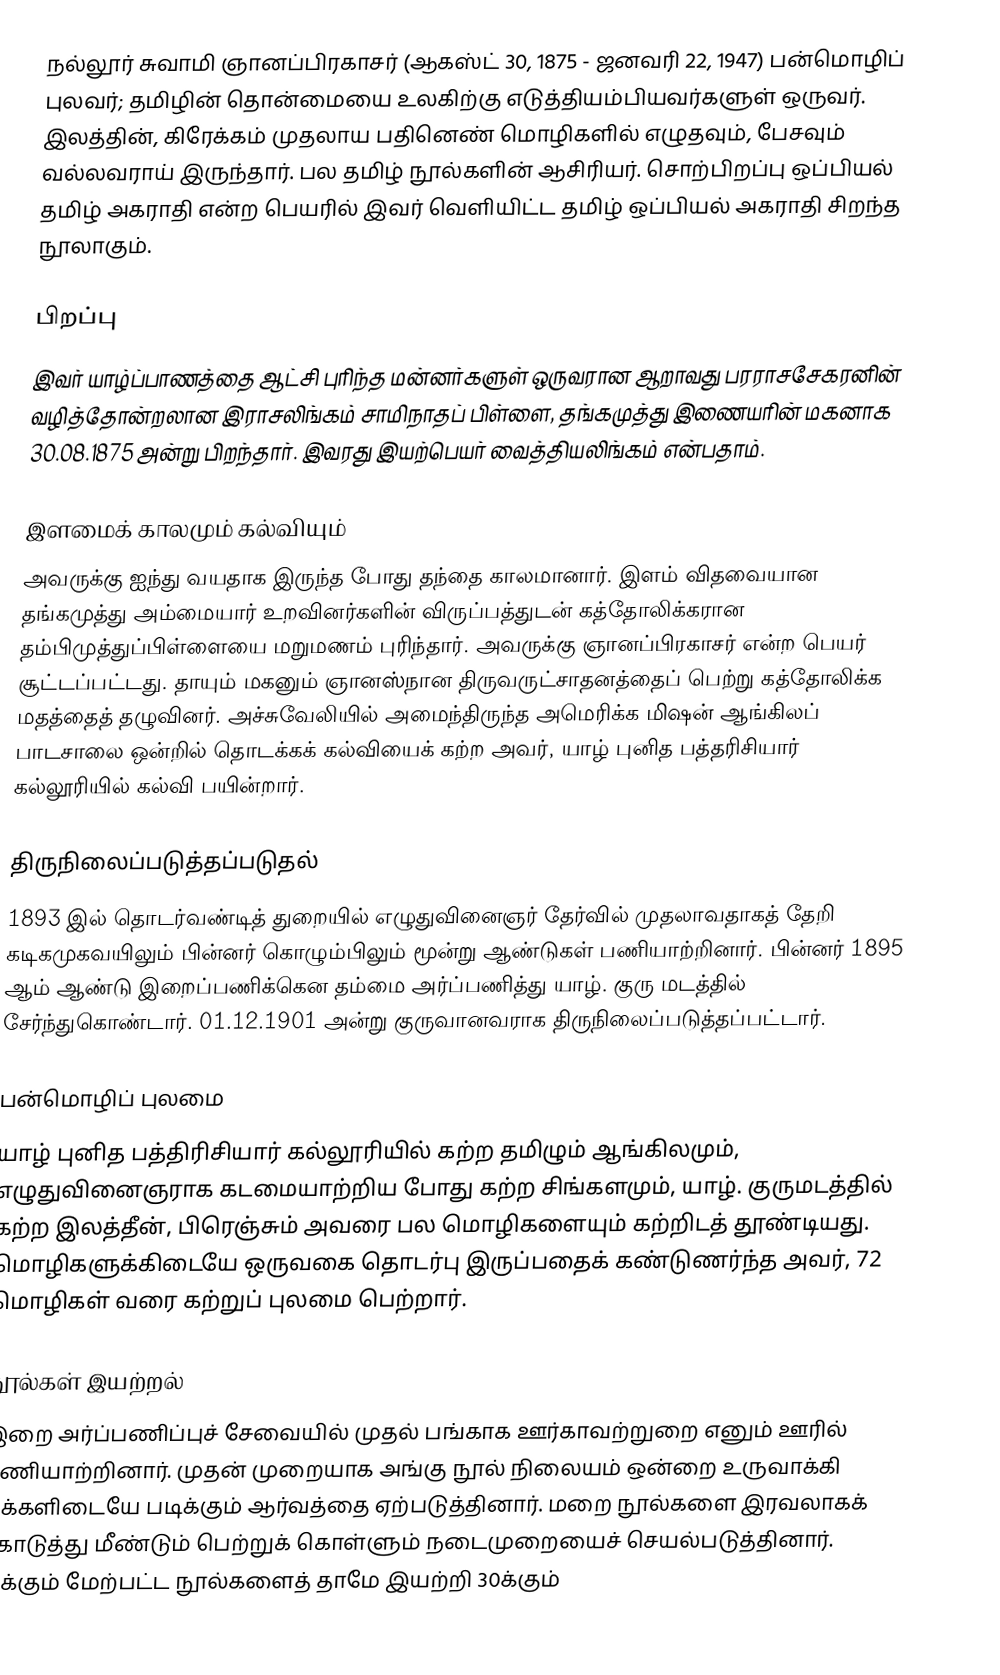
நல்லூர் சுவாமி ஞானப்பிரகாசர் (ஆகஸ்ட் 30, 1875 - ஜனவரி 22, 1947) பன்மொழிப் புலவர்; தமிழின் தொன்மையை உலகிற்கு எடுத்தியம்பியவர்களுள் ஒருவர். இலத்தின், கிரேக்கம் முதலாய பதினெண் மொழிகளில் எழுதவும், பேசவும் வல்லவராய் இருந்தார். பல தமிழ் நூல்களின் ஆசிரியர். சொற்பிறப்பு ஒப்பியல் தமிழ் அகராதி என்ற பெயரில் இவர் வெளியிட்ட தமிழ் ஒப்பியல் அகராதி சிறந்த நூலாகும்.

பிறப்பு
இவர் யாழ்ப்பாணத்தை ஆட்சி புரிந்த மன்னர்களுள் ஒருவரான ஆறாவது பரராசசேகரனின் வழித்தோன்றலான இராசலிங்கம் சாமிநாதப் பிள்ளை, தங்கமுத்து இணையரின் மகனாக 30.08.1875 அன்று பிறந்தார். இவரது இயற்பெயர் வைத்தியலிங்கம் என்பதாம்.

இளமைக் காலமும் கல்வியும்
அவருக்கு ஐந்து வயதாக இருந்த போது தந்தை காலமானார். இளம் விதவையான தங்கமுத்து அம்மையார் உறவினர்களின் விருப்பத்துடன் கத்தோலிக்கரான தம்பிமுத்துப்பிள்ளையை மறுமணம் புரிந்தார். அவருக்கு ஞானப்பிரகாசர் என்ற பெயர் சூட்டப்பட்டது. தாயும் மகனும் ஞானஸ்நான திருவருட்சாதனத்தைப் பெற்று கத்தோலிக்க மதத்தைத் தழுவினர். அச்சுவேலியில் அமைந்திருந்த அமெரிக்க மிஷன் ஆங்கிலப் பாடசாலை ஒன்றில் தொடக்கக் கல்வியைக் கற்ற அவர், யாழ் புனித பத்தரிசியார் கல்லூரியில் கல்வி பயின்றார்.

திருநிலைப்படுத்தப்படுதல்
1893 இல் தொடர்வண்டித் துறையில் எழுதுவினைஞர் தேர்வில் முதலாவதாகத் தேறி கடிகமுகவயிலும் பின்னர் கொழும்பிலும் மூன்று ஆண்டுகள் பணியாற்றினார். பின்னர் 1895 ஆம் ஆண்டு இறைப்பணிக்கென தம்மை அர்ப்பணித்து யாழ். குரு மடத்தில் சேர்ந்துகொண்டார். 01.12.1901 அன்று குருவானவராக திருநிலைப்படுத்தப்பட்டார்.

பன்மொழிப் புலமை
யாழ் புனித பத்திரிசியார் கல்லூரியில் கற்ற தமிழும் ஆங்கிலமும், எழுதுவினைஞராக கடமையாற்றிய போது கற்ற சிங்களமும், யாழ். குருமடத்தில் கற்ற இலத்தீன், பிரெஞ்சும் அவரை பல மொழிகளையும் கற்றிடத் தூண்டியது. மொழிகளுக்கிடையே ஒருவகை தொடர்பு இருப்பதைக் கண்டுணர்ந்த அவர், 72 மொழிகள் வரை கற்றுப் புலமை பெற்றார்.

நூல்கள் இயற்றல்
இறை அர்ப்பணிப்புச் சேவையில் முதல் பங்காக ஊர்காவற்றுறை எனும் ஊரில் பணியாற்றினார். முதன் முறையாக அங்கு நூல் நிலையம் ஒன்றை உருவாக்கி மக்களிடையே படிக்கும் ஆர்வத்தை ஏற்படுத்தினார். மறை நூல்களை இரவலாகக் கொடுத்து மீண்டும் பெற்றுக் கொள்ளும் நடைமுறையைச் செயல்படுத்தினார். 50க்கும் மேற்பட்ட நூல்களைத் தாமே இயற்றி 30க்கும்